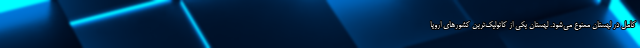
کامل در لهستان ممنوع می‌شود. لهستان یکی از کاتولیک‌ترین کشورهای اروپا